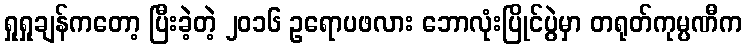
ရှုရှုချန်ကတော့ ပြီးခဲ့တဲ့ ၂၀၁၆ ဥရောပဖလား ဘောလုံးပြိုင်ပွဲမှာ တရုတ်ကုမ္ပဏီက